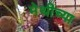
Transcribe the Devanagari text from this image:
मेथीच्या